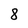
Character: 8